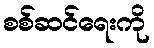
စစ်ဆင်ရေးကို